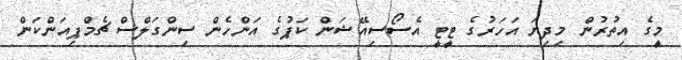
މީގެ އިތުރުން މިދިޔަ އަހަރުގެ ޓީޓީ އެސޯސިއޭޝަން ކަޕުގެ އަންހެން ސިންގަލްސް ޗެމްޕިއަންކަން